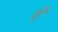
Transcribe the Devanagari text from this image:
क्षैृ